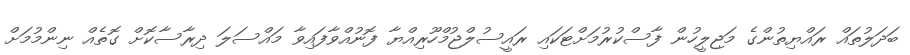
ބަދަލުތައް ރައްޔިތުންގެ މަޖިލީހުން ފާސްކުރުމަށްޓަކައި ރައީސުލްޖުމްހޫރިއްޔާ ފޮނުއްވާފައިވާ މައްސަލަ ދިރާސާކޮށް ގޮތެއް ނިންމުމަށް